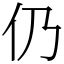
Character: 仍